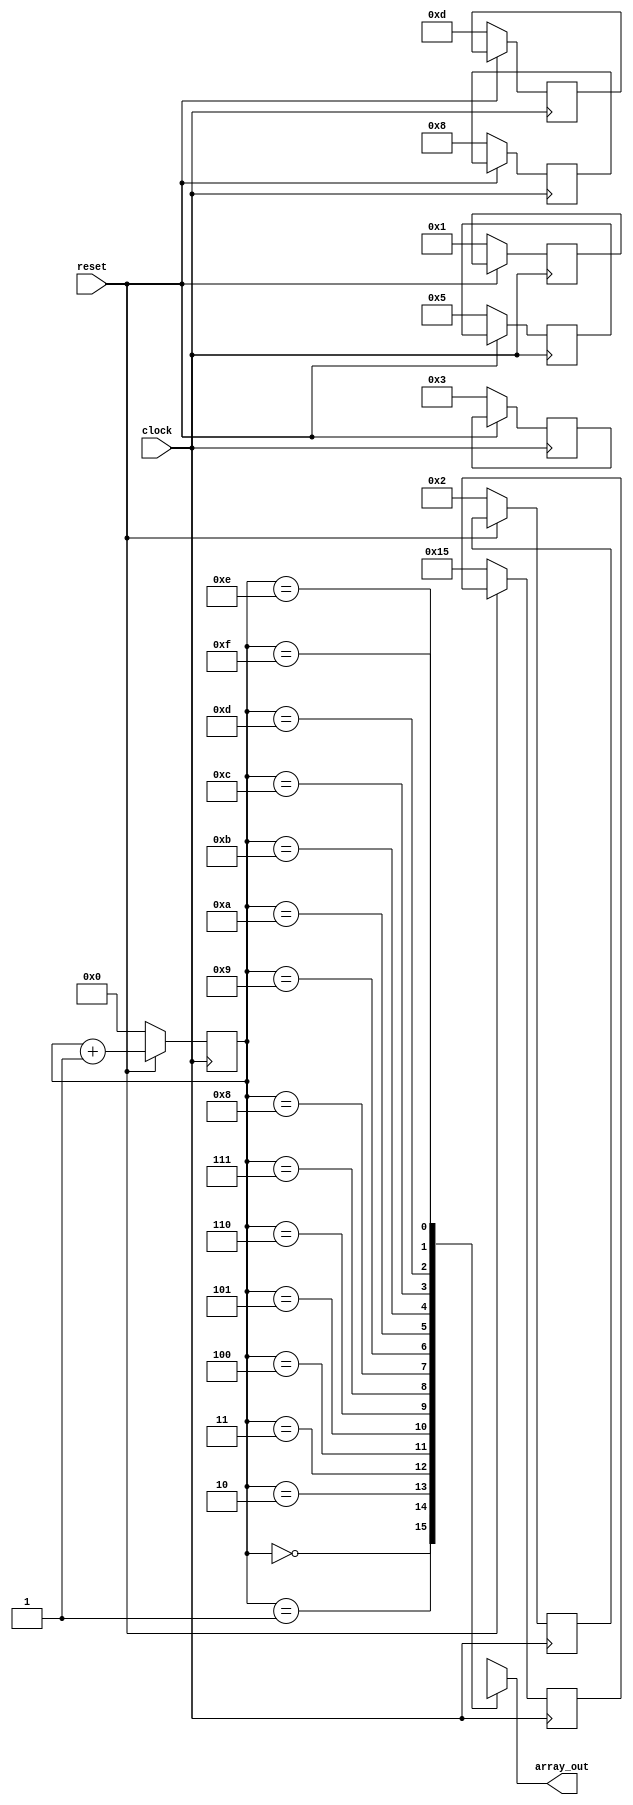
module wire_test_case (array_out, clock, reset);
	output [15:0] array_out;
	input clock, reset;

	reg [3:0] readptr;
	reg [15:0] body [15:0];

	wire [15:0] array_out;
	assign array_out = body[readptr];

//	reg [15:0] array_out;
//	always @(readptr or body[readptr]) begin
//		array_out <= body[readptr];
//	end

	always @(posedge clock) begin
		if (reset == 0) begin
			readptr <= 16'h0000;
			body[0] <= 16'h0001; // Fibonnacci
			body[1] <= 16'h0002;
			body[2] <= 16'h0003;
			body[3] <= 16'h0005;
			body[4] <= 16'h0008;
			body[5] <= 16'h000D;
			body[6] <= 16'h0015;
		end
		else begin
			readptr <= readptr + 16'h0001;
		end
	end
endmodule